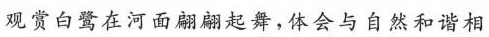
观赏白鹭在河面翩翩起舞，体会与自然和谐相